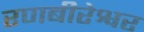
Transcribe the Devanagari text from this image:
रणबीरेश्वर